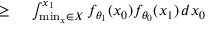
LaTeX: \begin{array} { r l } { \geq { } } & { { } \int _ { \operatorname* { m i n } _ { x } \in X } ^ { x _ { 1 } } f _ { \theta _ { 1 } } ( x _ { 0 } ) f _ { \theta _ { 0 } } ( x _ { 1 } ) \, d x _ { 0 } } \end{array}